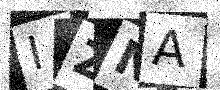
Text: IZNA